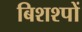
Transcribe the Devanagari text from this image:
बिशश्पों